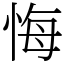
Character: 悔